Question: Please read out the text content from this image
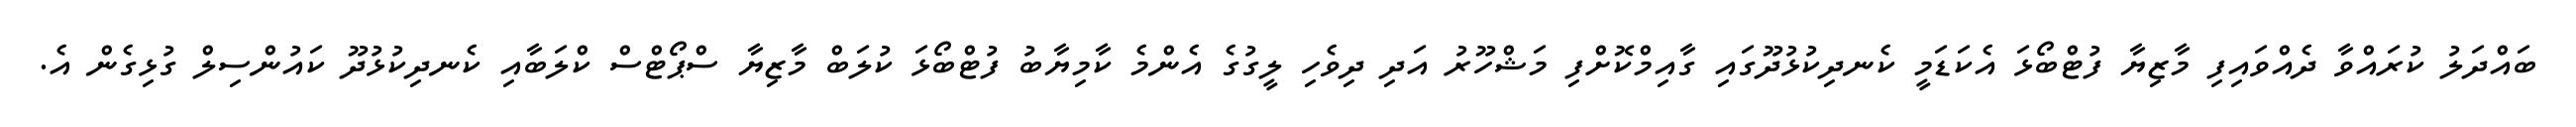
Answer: ބައްދަލު ކުރައްވާ ދެއްވައިފި މާޒިޔާ ފުޓްބޯޅަ އެކަޑަމީ ކެނދިކުޅުދޫގައި ގާއިމްކޮށްފި މަޝްހޫރު އަދި ދިވެހި ލީގުގެ އެންމެ ކާމިޔާބު ފުޓްބޯޅަ ކުލަބް މާޒިޔާ ސްޕޯޓްސް ކްލަބާއި ކެނދިކުޅުދޫ ކައުންސިލް ގުޅިގެން އެ.